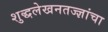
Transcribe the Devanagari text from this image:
शुद्धलेखनतज्‍ज्ञांचा